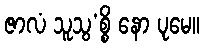
ဇာလံ သူသွ’စ္စိ နော ပုမေ။